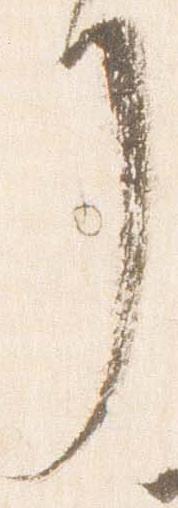
了